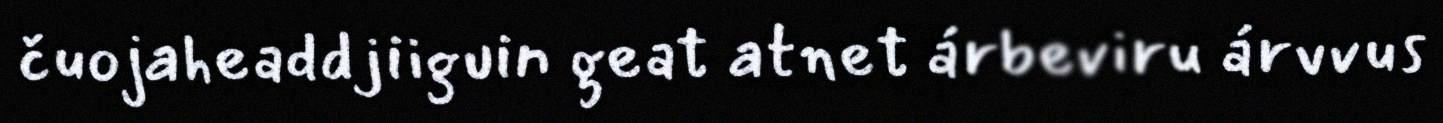
čuojaheaddjiiguin geat atnet árbeviru árvvus